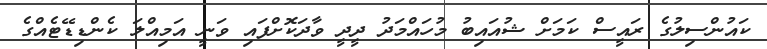
ކައުންސިލުގެ ރައީސް ކަމަށް ޝުއައިބު މުހައްމަދު ދީދީ ވާދަކޮށްފައި ވަނީ އަމިއްލަ ކެންޑިޑޭޓެއްގެ